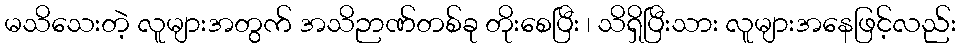
မသိသေးတဲ့ လူများအတွက် အသိဉာဏ်တစ်ခု တိုးစေပြီး ၊ သိရှိပြီးသား လူများအနေဖြင့်လည်း